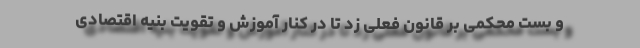
و بست محکمی بر قانون فعلی زد تا در کنار آموزش و تقویت بنیه اقتصادی